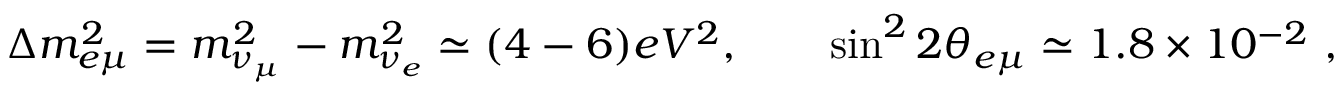
\Delta m _ { e \mu } ^ { 2 } = m _ { \nu _ { \mu } } ^ { 2 } - m _ { \nu _ { e } } ^ { 2 } \simeq ( 4 - 6 ) e V ^ { 2 } , \qquad \sin ^ { 2 } 2 \theta _ { e \mu } \simeq 1 . 8 \times 1 0 ^ { - 2 } \ ,